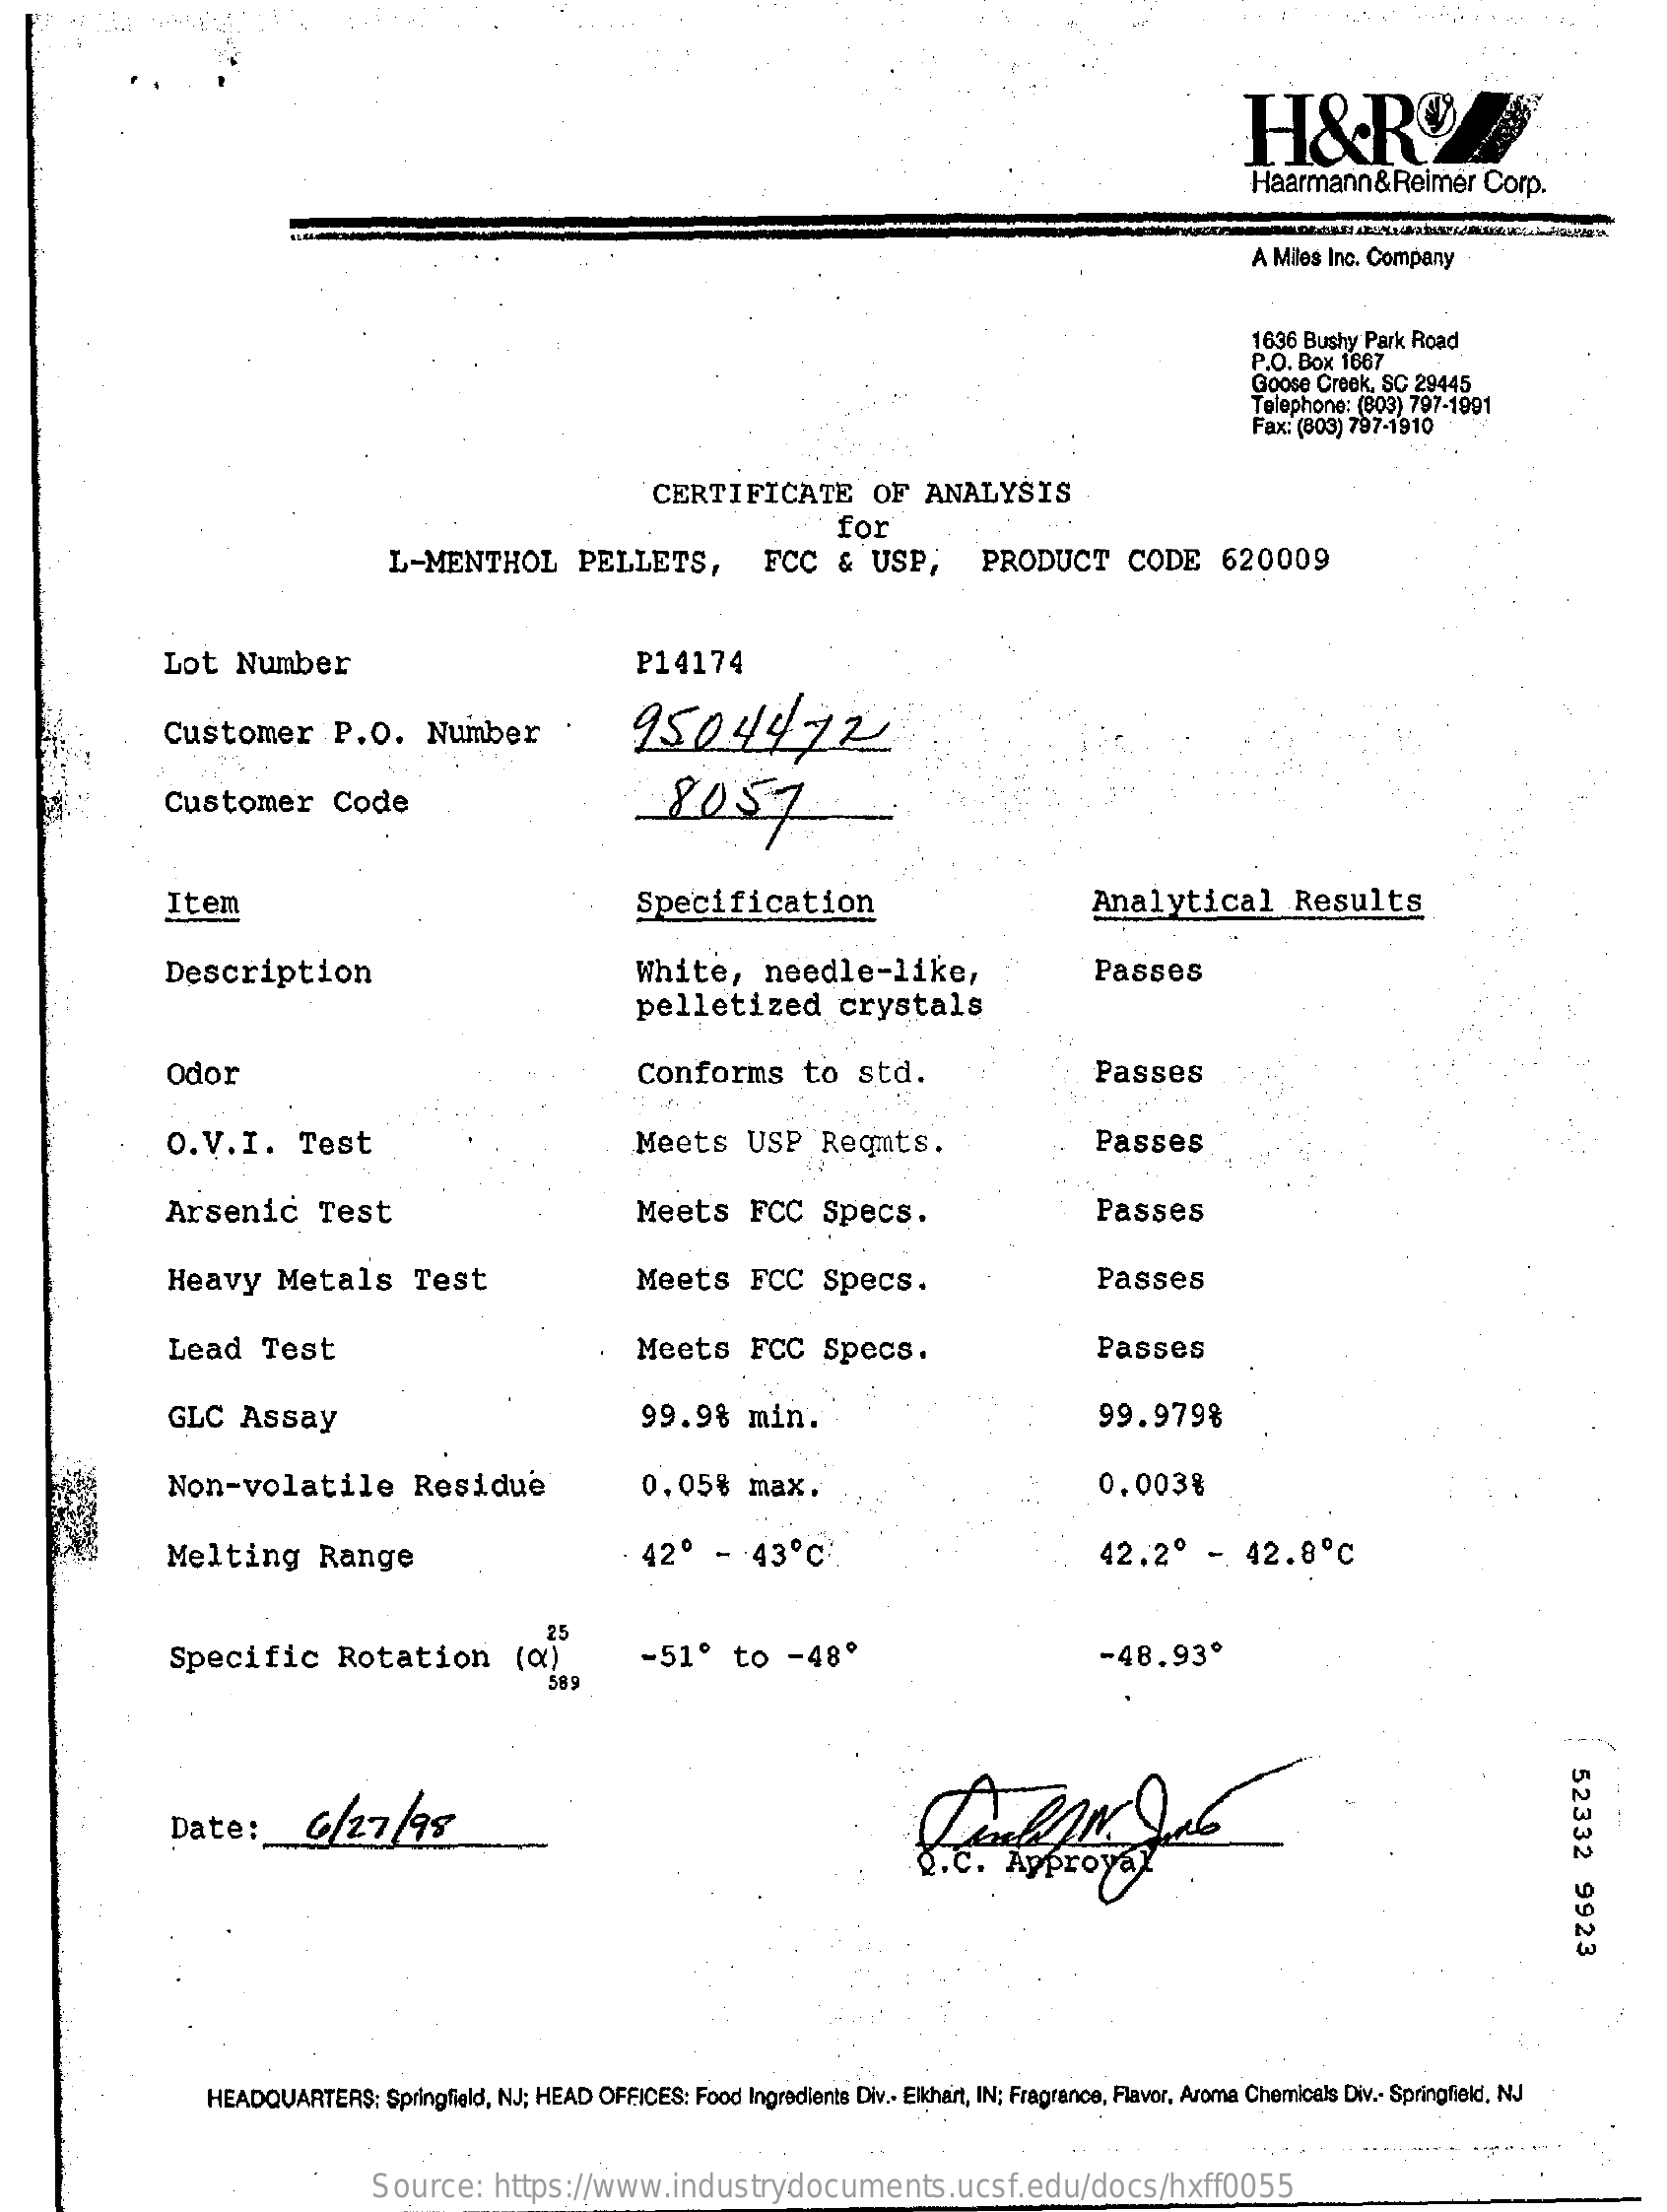
H&R
     Haarmann&Reimer    Corp.
     A Miles Inc. Company
     1636 Bushy Park Road
     P.O. Box 1667
     Goose Creek, SC 29445
     Telephone: (803) 797-1991
     Fax: (803) 797-1910
     CERTIFICATE    OF   ANALYSIS
     for
     L-MENTHOL    PELLETS,    FCC   &  USP;    PRODUCT    CODE    620009
     Lot   Number    P14174
     Customer    P.O.    Number    .    9504472
     Customer    Code    8057
     Item    Specification    Analytical    Results
     Description    White,    needle-like,    Passes
     pelletized    crystals
     Odor    Conforms    to   std.    Passes
     O.V.I.    Test    Meets    USP    Reqmts.    Passes
     Arsenic    Test    Meets    FCC    Specs.    Passes
     Heavy    Metals    Test    Meets    FCC    Specs.    Passes
     Lead    Test    Meets    FCC    Specs.    Passes
     GLC   Assay    99.98    min.    99.979%
     Non-volatile    Residue    0,05%    max.    0.003%
     Melting    Range    42º   -   43  ℃    42.2º    -  42.8    ℃
     Specific    Rotation    (a)
     589
     -51º    to   -48º    -48.93º
     52332
     9923
     Date:    C/27/95
     HEADQUARTERS:   Springfield, NJ; HEAD OFFICES: Food Ingredients Div .- Elkhart, IN; Fragrance, Flavor, Aroma Chemicals Div .- Springfield, NJ
     Source:    https://www.industrydocuments.ucsf.edu/docs/hxff0055